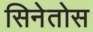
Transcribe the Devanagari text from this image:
सिनेतोस